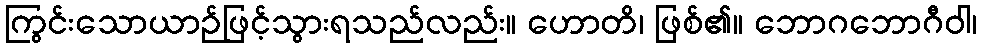
ကြွင်းသောယာဉ်ဖြင့်သွားရသည်လည်း။ ဟောတိ၊ ဖြစ်၏။ ဘောဂဘောဂီဝါ၊